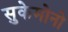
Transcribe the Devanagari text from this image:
सुकेमोनो